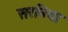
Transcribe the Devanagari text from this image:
सरनिया